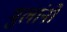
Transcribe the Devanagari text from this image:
मुलांनो